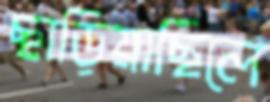
ছাড়িয়াছিলে